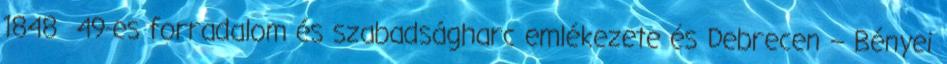
1848 49-es forradalom és szabadságharc emlékezete és Debrecen – Bényei